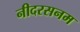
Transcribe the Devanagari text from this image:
नीदरसनम